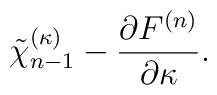
\tilde\chi_{n-1}^{(\kappa)}-{\partial F^{(n)}\over\partial \kappa}.